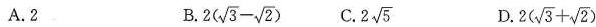
A.2 B.2(\sqrt 3 - \sqrt 2) C.2\sqrt 5 D.2(\sqrt3+\sqrt2)